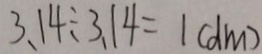
3 . 1 4 \div 3 . 1 4 = 1 ( d m )